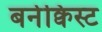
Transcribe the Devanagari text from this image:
बर्नक्विस्ट